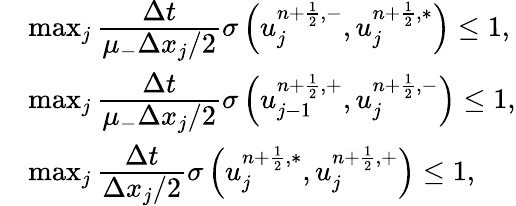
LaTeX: \begin{array}{rl}&{\operatorname*{max}_{j}\cfrac{\Delta t}{\mu_{-}\Delta x_{j}/2}\sigma\left(u_{j}^{n+\frac{1}{2},-},u_{j}^{n+\frac{1}{2},\ast}\right)\leq 1,}\\ &{\operatorname*{max}_{j}\cfrac{\Delta t}{\mu_{-}\Delta x_{j}/2}\sigma\left(u_{j-1}^{n+\frac{1}{2},+},u_{j}^{n+\frac{1}{2},-}\right)\leq 1,}\\ &{\operatorname*{max}_{j}\cfrac{\Delta t}{\Delta x_{j}/2}\sigma\left(u_{j}^{n+\frac{1}{2},\ast},u_{j}^{n+\frac{1}{2},+}\right)\leq 1,}\end{array}